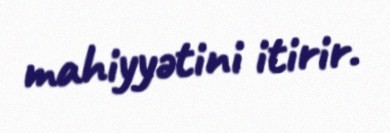
mahiyyətini itirir.